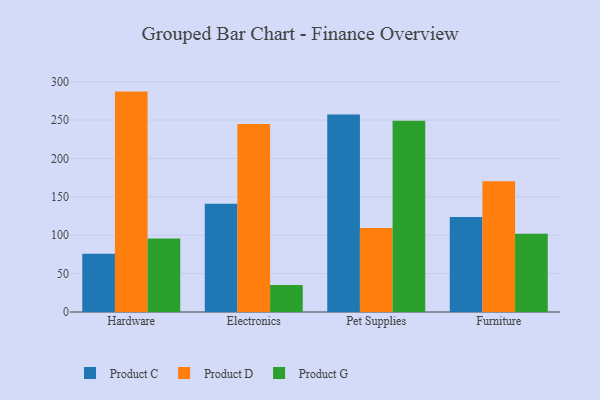
{"axis": {"x": "Category", "y": "Budget (USD K)"}, "legend": ["Product C", "Product D", "Product G"], "data": [{"x": "Hardware", "y": 75.9, "type": "Product C"}, {"x": "Hardware", "y": 287.1, "type": "Product D"}, {"x": "Hardware", "y": 95.7, "type": "Product G"}, {"x": "Electronics", "y": 141.1, "type": "Product C"}, {"x": "Electronics", "y": 244.8, "type": "Product D"}, {"x": "Electronics", "y": 35.3, "type": "Product G"}, {"x": "Pet Supplies", "y": 257.2, "type": "Product C"}, {"x": "Pet Supplies", "y": 109.5, "type": "Product D"}, {"x": "Pet Supplies", "y": 249.1, "type": "Product G"}, {"x": "Furniture", "y": 123.7, "type": "Product C"}, {"x": "Furniture", "y": 170.3, "type": "Product D"}, {"x": "Furniture", "y": 101.9, "type": "Product G"}]}